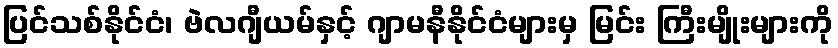
ပြင်သစ်နိုင်ငံ၊ ဗဲလဂျီယမ်နှင့် ဂျာမနီနိုင်ငံများမှ မြင်း ကြီးမျိုးများကို